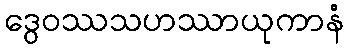
ဒွေဝဿသဟဿာယုကာနံ